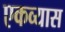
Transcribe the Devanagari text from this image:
एकव्यास